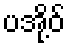
ပအို့ဝ်